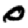
Digit: 0